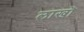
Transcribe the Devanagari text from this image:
लाखॊ